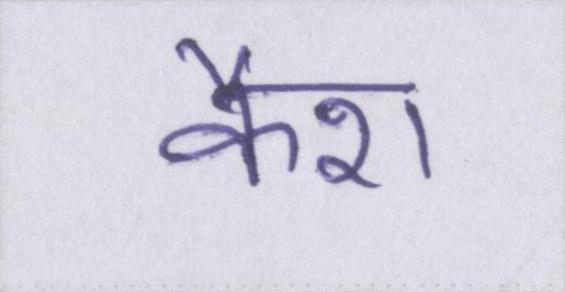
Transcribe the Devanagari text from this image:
कैश